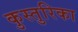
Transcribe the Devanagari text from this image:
कुस्तुरिका